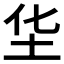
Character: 𱖋